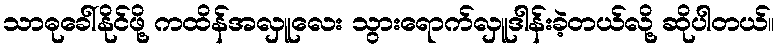
သာဓုခေါ်နိုင်ဖို့ ကထိန်အလှူလေး သွားရောက်လှူဒါန်းခဲ့တယ်လို့ ဆိုပါတယ်။